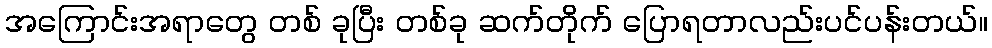
အကြောင်းအရာတွေ တစ် ခုပြီး တစ်ခု ဆက်တိုက် ပြောရတာလည်းပင်ပန်းတယ်။